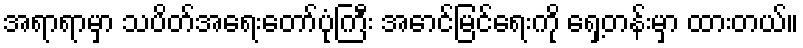
အရာရာမှာ သပိတ်အရေးတော်ပုံကြီး အောင်မြင်ရေးကို ရှေ့တန်းမှာ ထားတယ်။